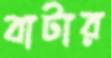
বাটার